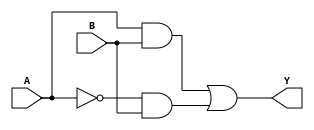
module TwoVariableKMap (
    input wire A,    // Input variable A
    input wire B,    // Input variable B
    output wire Y    // Output based on K-map logic
);

// K-map logic implementation
// The output Y is derived from the truth table based on the K-map
assign Y = (A & B) | (~A & B); // This is an example expression based on K-map grouping

endmodule